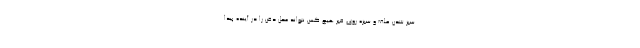
سبز شدن علف و سبزه روی قبر هیچ کس نتواند محل دفن را در آینده پیدا